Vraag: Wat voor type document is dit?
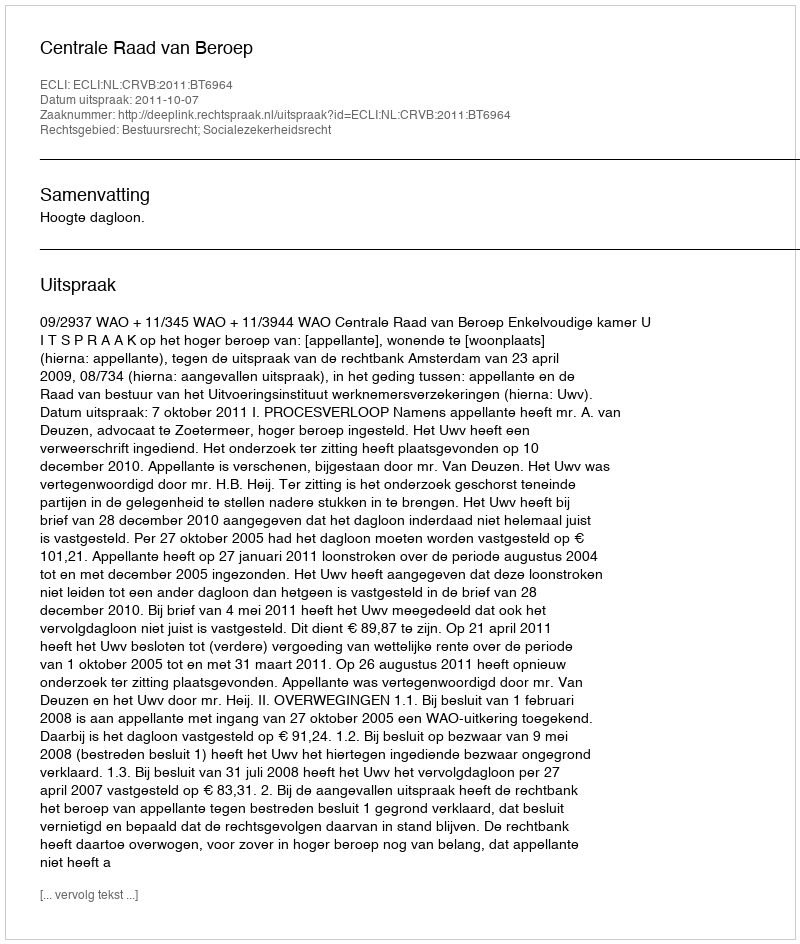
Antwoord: Uitspraak